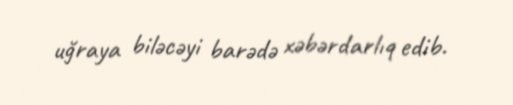
uğraya biləcəyi barədə xəbərdarlıq edib.